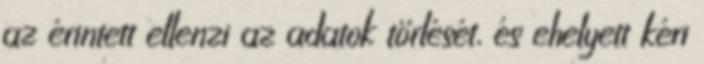
az érintett ellenzi az adatok törlését, és ehelyett kéri